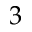
3